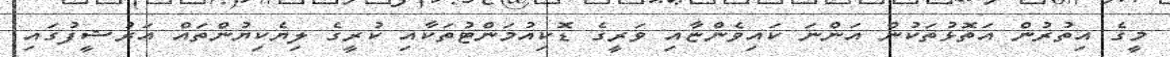
މީގެ އިތުރުން އަތޮޅުތަކުން އަންނަ ކައިވެންޏާއި ވަރީގެ ޑޮކިއުމަންޓުތަކާއި ކުރީގެ ލިޔެކިޔުންތައް އަރުޝީފުގައި